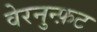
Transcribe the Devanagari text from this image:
वेरनुन्फ़ट